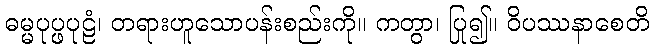
ဓမ္မပုပ္ဖပုဠံ၊ တရားဟူသောပန်းစည်းကို။ ကတွာ၊ ပြု၍။ ဝိပဿနာစေတိ